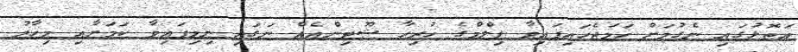
އަތޮޅުގައި ނެގުމަށް ހަމަޖެހައިފައިވާ ފިލްމްގެ ހުރިހާ ޝޫޓިންއެއް ނަގައި ނިމިފައިވާ ކަމަށާއި މިހާރު